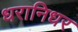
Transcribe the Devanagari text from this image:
धरानिधर